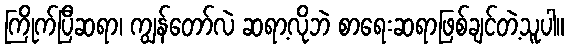
ကြိုက်ပြီဆရာ၊ ကျွန်တော်လဲ ဆရာ့လိုဘဲ စာရေးဆရာဖြစ်ချင်တဲ့သူပါ။